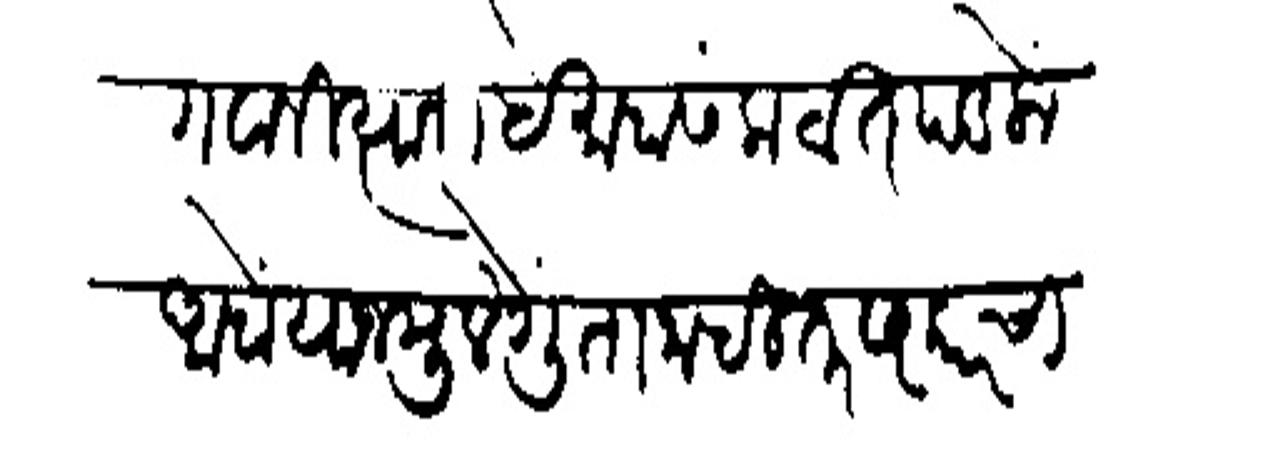
Transliteration (Devanagari): गवगवा नित्यानी हे माहासंकटात पडलों आहों याजमूले गुंता नाहीतर सरकारची